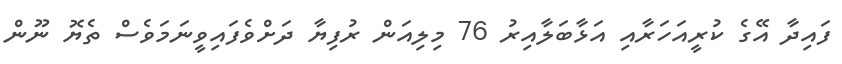
ފައިދާ އޭގެ ކުރީއަހަރާއި އަޅާބަލާއިރު 76 މިލިއަން ރުފިޔާ ދަށްވެފައިވީނަމަވެސް ތެޔޮ ނޫން